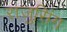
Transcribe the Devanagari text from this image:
राजुसिंग